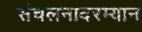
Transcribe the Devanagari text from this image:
संचलनादरम्यान